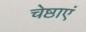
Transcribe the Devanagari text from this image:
चेष्ठाएं